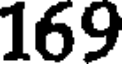
169